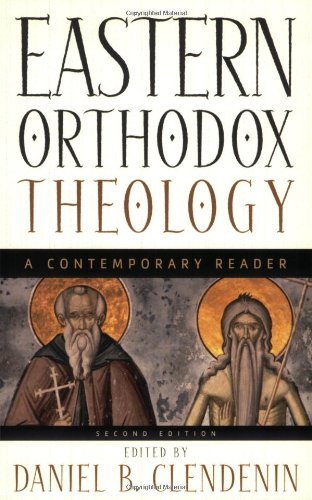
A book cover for Eastern Orthodox Theology: A Contemporary Reader; Christian Books & Bibles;